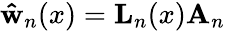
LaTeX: \mathbf{\hat{w}}_{n}(x)=\mathbf{L}_{n}(x)\mathbf{A}_{n}